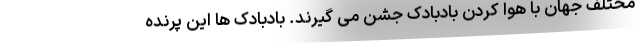
مختلف جهان با هوا کردن بادبادک جشن می گیرند. بادبادک ها این پرنده